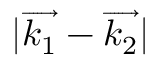
| \overrightarrow { k _ { 1 } } - \overrightarrow { k _ { 2 } } |